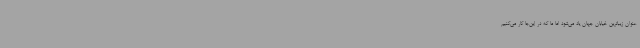
عنوان زیباترین خیابان جهان یاد می‌شود اما ما که در این‌جا کار می‌کنیم